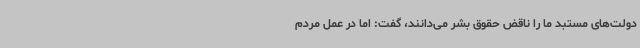
دولت‌های مستبد ما را ناقض حقوق بشر می‌دانند، گفت: اما در عمل مردم